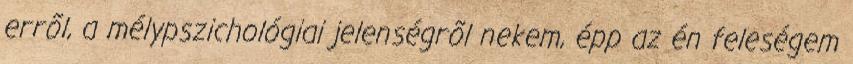
errõl, a mélypszichológiai jelenségrõl nekem, épp az én feleségem